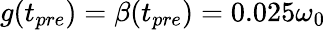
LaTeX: g(t_{pre})=\beta(t_{pre})=0.025\omega_{0}